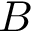
B